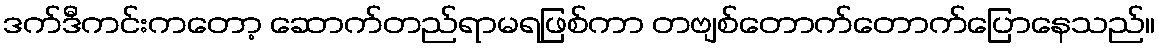
ဒက်ဒီကင်းကတော့ ဆောက်တည်ရာမရဖြစ်ကာ တဗျစ်တောက်တောက်ပြောနေသည်။